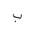
Letter: _ba